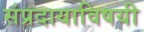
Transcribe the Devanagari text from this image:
संप्रदायाविषयी